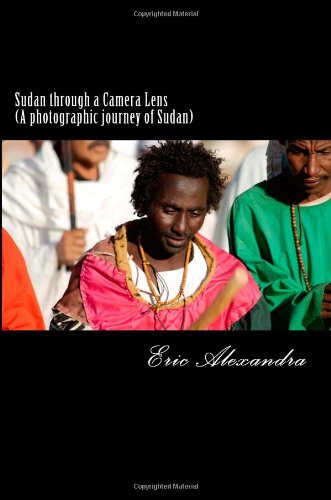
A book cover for Sudan through a Camera Lens (A photographic journey of Sudan); Eric Alexandra; Travel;